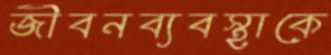
জীবনব্যবস্থাকে